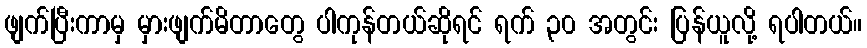
ဖျက်ပြီးကာမှ မှားဖျက်မိတာတွေ ပါကုန်တယ်ဆိုရင် ရက် ၃၀ အတွင်း ပြန်ယူလို့ ရပါတယ်။